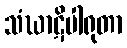
သံဃာဋိပါရုတာ